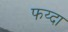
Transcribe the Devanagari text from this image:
फय्दा